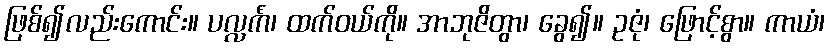
ဖြစ်၍လည်းကောင်း။ ပလ္လင်္ကံ၊ ထက်ဝယ်ကို။ အာဘုဇိတွာ၊ ခွေ၍။ ဥဇုံ၊ ဖြောင့်စွာ။ ကာယံ၊